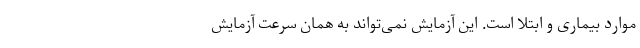
موارد بیماری و ابتلا است. این آزمایش نمی‌تواند به همان سرعت آزمایش